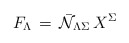
\begin{align*}F_ \Lambda \, = \, {\bar {\cal N}}_{\Lambda \Sigma} \, X^\Sigma\end{align*}